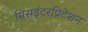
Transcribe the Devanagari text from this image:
मिसइंटरप्रिटेशन